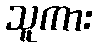
သူကား